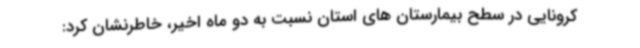
کرونایی در سطح بیمارستان های استان نسبت به دو ماه اخیر، خاطرنشان کرد: